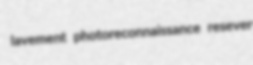
lavement photoreconnaissance resever